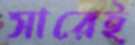
সারেই